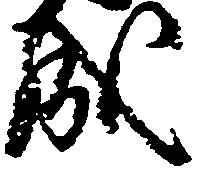
成